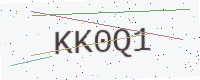
Text: KK0Q1